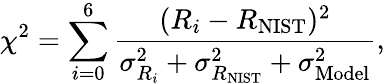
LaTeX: \chi^{2}=\sum_{i=0}^{6}\frac{(R_{i}-R_{\mathrm{{NIST}}})^{2}}{\sigma_{R_{i}}^{2}+\sigma_{{R_{\mathrm{{NIST}}}}}^{2}+\sigma_{\mathrm{{Model}}}^{2}},